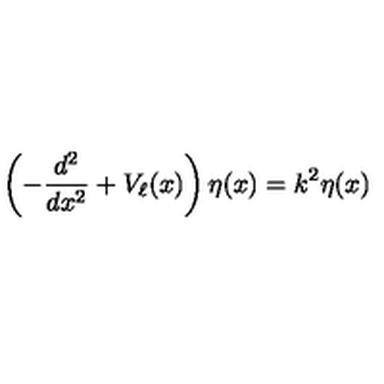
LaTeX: \left( - \frac { d ^ { 2 } } { d x ^ { 2 } } + V _ { \ell } ( x ) \right) \eta ( x ) = k ^ { 2 } \eta ( x )